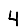
Digit: 4